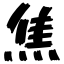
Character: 焦